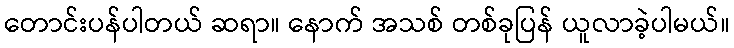
တောင်းပန်ပါတယ် ဆရာ။ နောက် အသစ် တစ်ခုပြန် ယူလာခဲ့ပါမယ်။